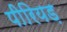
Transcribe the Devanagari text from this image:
पीरियड़